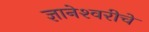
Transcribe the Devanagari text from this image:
ज्ञानेश्‍वरीचे